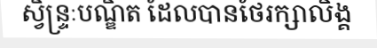
ស្វិន្ទ្រៈបណ្ឌិត ដែលបានថែរក្សាលិង្គ